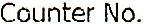
COUNTER NO.